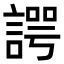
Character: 諤